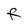
Character: F